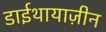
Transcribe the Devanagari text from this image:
डाईथायाज़ीन